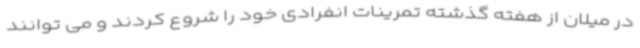
در میلان از هفته گذشته تمرینات انفرادی خود را شروع کردند و می توانند